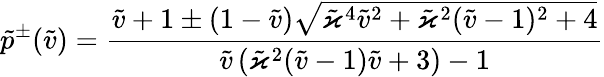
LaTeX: \tilde{p}^{\pm}(\tilde{v})=\frac{\tilde{v}+1\pm(1-\tilde{v})\sqrt{\tilde{\varkappa}^{4}\tilde{v}^{2}+\tilde{\varkappa}^{2}(\tilde{v}-1)^{2}+4}}{\tilde{v}\left(\tilde{\varkappa}^{2}(\tilde{v}-1)\tilde{v}+3\right)-1}